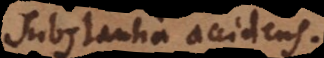
Substantia, accidens.